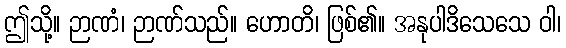
ဤသို့။ ဉာဏံ၊ ဉာဏ်သည်။ ဟောတိ၊ ဖြစ်၏။ အနုပါဒိသေသေ ဝါ၊